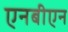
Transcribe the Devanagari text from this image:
एनबीएन